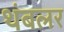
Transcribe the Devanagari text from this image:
थंबलर